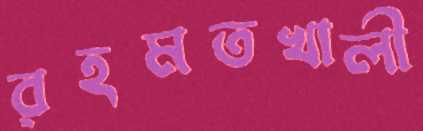
রহমতখালী